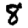
Digit: 8